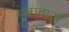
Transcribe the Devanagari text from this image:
नवाबास